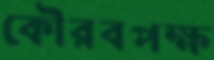
কৌরবপক্ষ